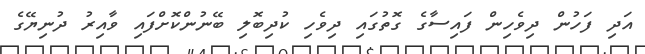
އަދި ފަހުން ދިވެހިން ފައިސާގެ ގޮތުގައި ދިވެހި ކުދިބޮލި ބޭނުންކޮށްފައި ވާއިރު ދުނިޔޭގެ